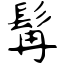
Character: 髯